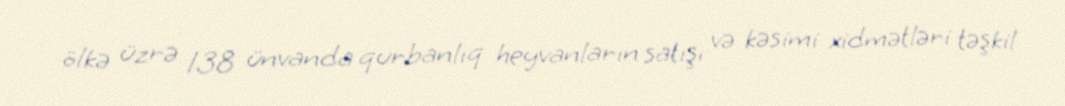
ölkə üzrə 138 ünvanda qurbanlıq heyvanların satışı və kəsimi xidmətləri təşkil